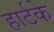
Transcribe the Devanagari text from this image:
हार्टके